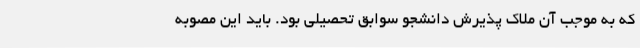
که به موجب آن ملاک پذیرش دانشجو سوابق تحصیلی بود. باید این مصوبه